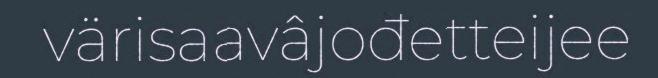
värisaavâjođetteijee